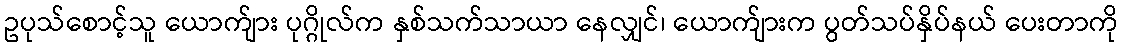
ဥပုသ်စောင့်သူ ယောက်ျား ပုဂ္ဂိုလ်က နှစ်သက်သာယာ နေလျှင်၊ ယောက်ျားက ပွတ်သပ်နှိပ်နယ် ပေးတာကို